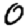
Digit: 0